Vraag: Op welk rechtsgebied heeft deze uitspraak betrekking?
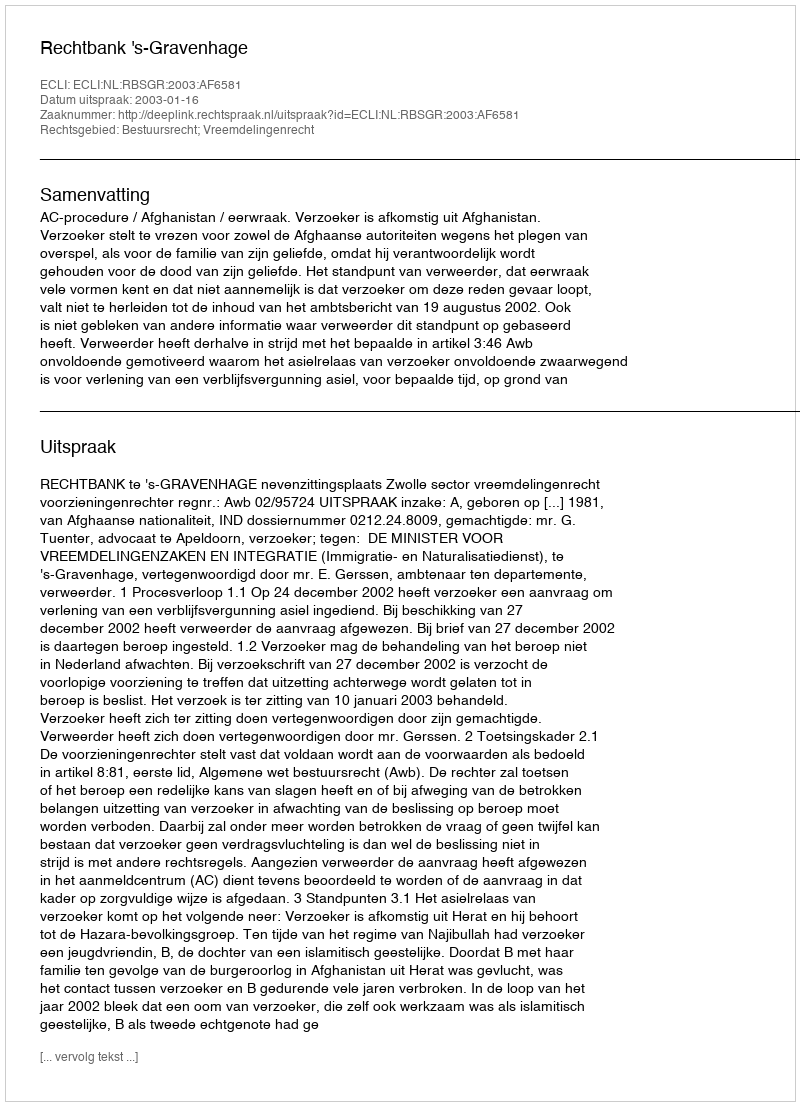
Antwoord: Bestuursrecht; Vreemdelingenrecht